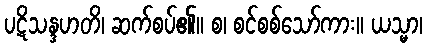
ပဋိသန္ဒဟတိ၊ ဆက်စပ်၏။ စ၊ စင်စစ်သော်ကား။ ယသ္မာ၊